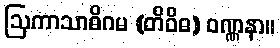
ဩကာသာဓိဂမ (တိဝိဓ) ဝဏ္ဏနာ။